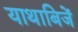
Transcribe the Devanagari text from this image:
याथाबिजें